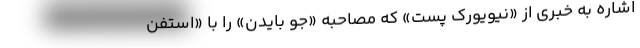
اشاره به خبری از «نیویورک پست» که مصاحبه «جو بایدن» را با «استفن